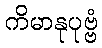
ကိမာနုပုဗ္ဗံ